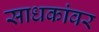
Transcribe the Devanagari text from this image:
साधकांवर